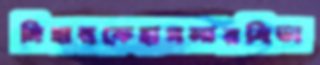
দিহানকেহাসলারবিডা